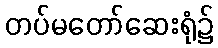
တပ်မတော်ဆေးရုံ၌